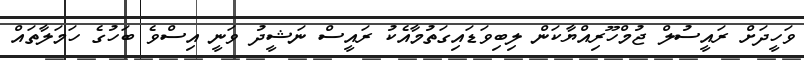
ވަހީދަށް ރައީސުލް ޖުމްހޫރިއްޔާކަން ލިބިވަޑައިގަތުމާއެކު ރައީސް ނަޝީދު ވަނީ އިސްވެ ބަހުގެ ހަމަލާތައް